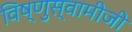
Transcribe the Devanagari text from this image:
विष्णुस्वामीजी